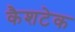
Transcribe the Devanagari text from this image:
कैशटेक